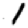
Digit: 1